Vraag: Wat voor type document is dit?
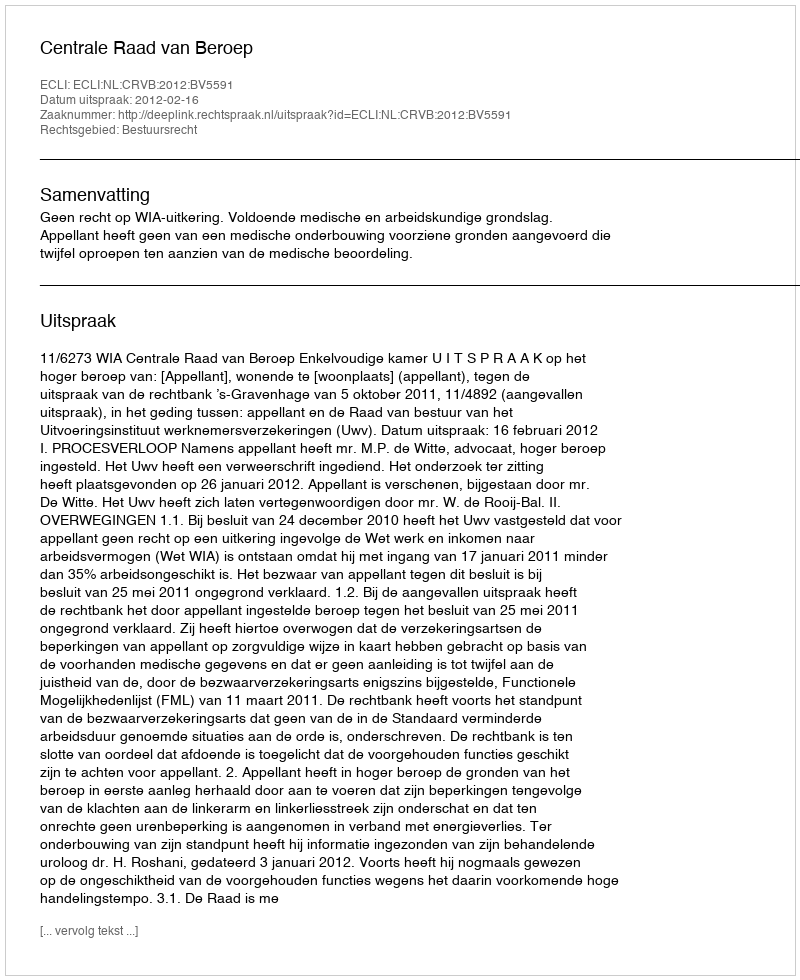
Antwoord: Uitspraak